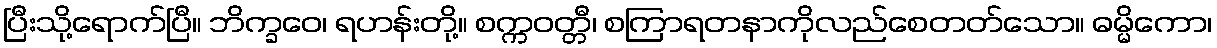
ပြီးသို့ရောက်ပြီ။ ဘိက္ခဝေ၊ ရဟန်းတို့။ စက္ကဝတ္တီ၊ စကြာရတနာကိုလည်စေတတ်သော။ ဓမ္မိကော၊